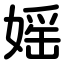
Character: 媱